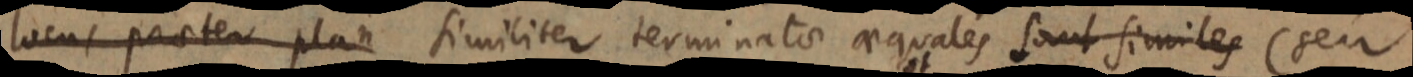
locus praeter plan similiter terminatae aequales sunt similes (seu